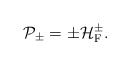
\begin{align*}{\cal P}_{\pm} = \pm {\cal H}_{\rm F}^{\pm}.\end{align*}